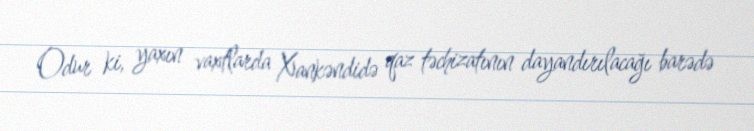
Odur ki, yaxın vaxtlarda Xankəndidə qaz təchizatının dayandırılacağı barədə